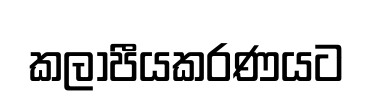
කලාපීයකරණයට